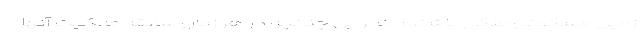
زمین مسکونی ملکی باشند؛ بنابراین چنانچه در هر زمان سابقه مالکیت آنها